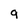
Character: 9